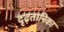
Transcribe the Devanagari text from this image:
दृढ़तानिका